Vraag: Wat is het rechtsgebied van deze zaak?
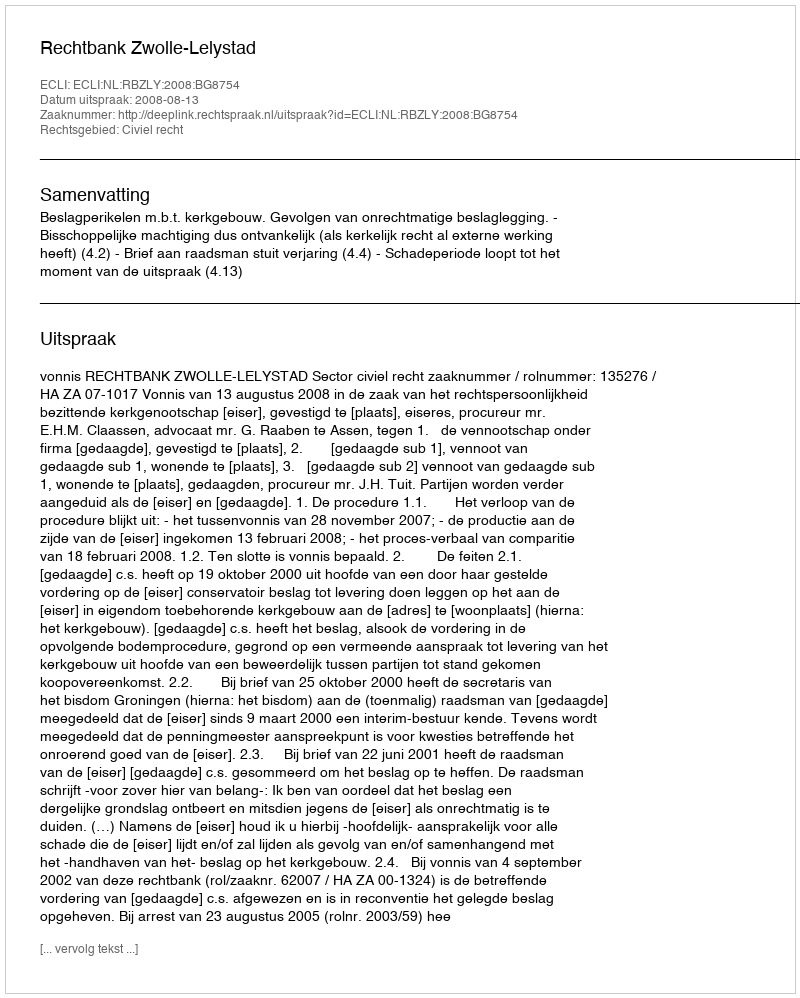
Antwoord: Civiel recht